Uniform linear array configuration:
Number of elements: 64
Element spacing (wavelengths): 0.5
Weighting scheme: exponential
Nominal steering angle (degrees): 0
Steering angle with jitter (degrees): -1.411
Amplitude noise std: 0.05
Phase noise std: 0.05

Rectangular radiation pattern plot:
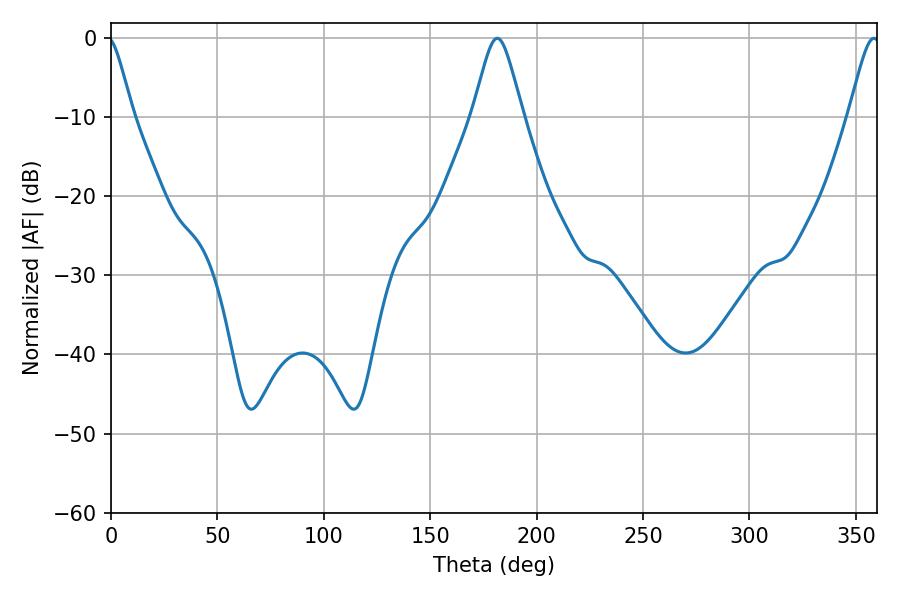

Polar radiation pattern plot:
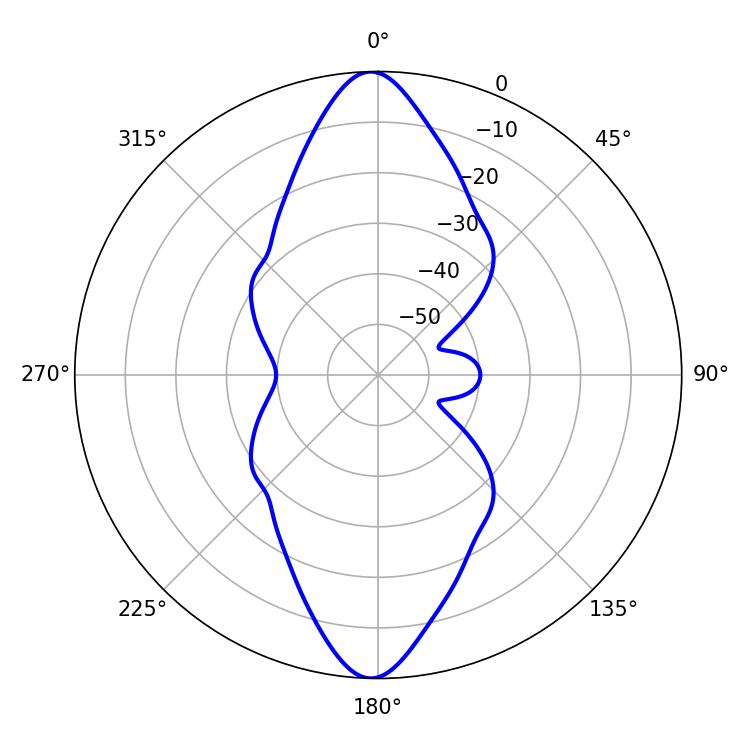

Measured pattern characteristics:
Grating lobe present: FALSE
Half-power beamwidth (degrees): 11.34
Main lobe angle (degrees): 181.44